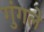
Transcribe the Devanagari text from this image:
गुंगले